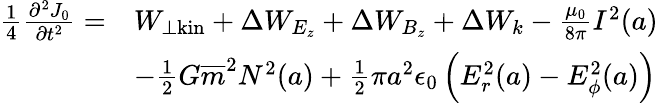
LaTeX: {\begin{array}{rl}{{\frac{1}{4}}{\frac{\partial^{2}J_{0}}{\partial t^{2}}}=}&{W_{\perp{\mathrm{kin}}}+\Delta W_{E_{z}}+\Delta W_{B_{z}}+\Delta W_{k}-{\frac{\mu_{0}}{8\pi}}I^{2}(a)}\\ &{-{\frac{1}{2}}G{\overline{{m}}}^{2}N^{2}(a)+{\frac{1}{2}}\pi a^{2}\epsilon_{0}\left(E_{r}^{2}(a)-E_{\phi}^{2}(a)\right)}\end{array}}